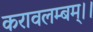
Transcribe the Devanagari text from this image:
करावलम्बम्।।